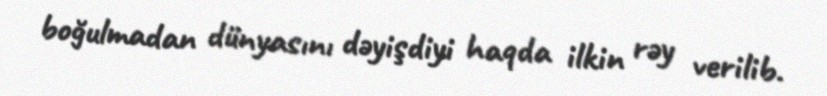
boğulmadan dünyasını dəyişdiyi haqda ilkin rəy verilib.